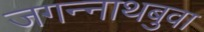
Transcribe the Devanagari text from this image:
जगन्‍नाथबुवा